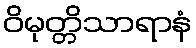
ဝိမုတ္တိသာရာနံ